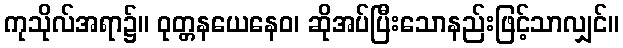
ကုသိုလ်အရာ၌။ ဝုတ္တနယေနေဝ၊ ဆိုအပ်ပြီးသောနည်းဖြင့်သာလျှင်။